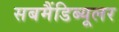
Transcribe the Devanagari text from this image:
सबमैंडिब्यूलर